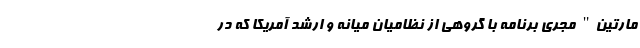
مارتین" مجری برنامه با گروهی از نظامیان میانه و ارشد آمریکا که در